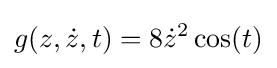
g(z,{\dot {z}},t)=8{\dot {z}}^{2}\cos(t)